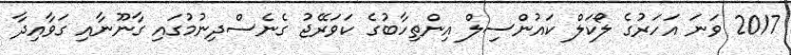
2017 ވަނަ އަހަރުގެ ލޯކަލް ކައުންސިލް އިންތިހާބުގެ ކަވަރޭޖު ގެނެސްދިނުމުގައި ގާނޫނާއި ގަވާއިދާ